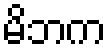
မိဘက